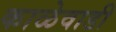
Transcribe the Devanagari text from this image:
काळेवाडी